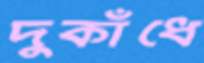
দুকাঁধে